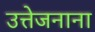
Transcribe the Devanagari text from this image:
उत्तेजनाना